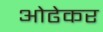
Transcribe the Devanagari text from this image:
ओढेकर